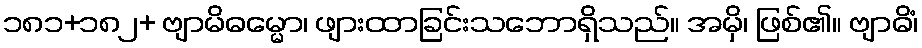
၁၈၁+၁၈၂+ ဗျာမိဓမ္မော၊ ဖျားထာခြင်းသဘောရှိသည်။ အမှိ၊ ဖြစ်၏။ ဗျာဓိံ၊